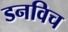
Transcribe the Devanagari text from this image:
डनविच